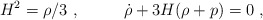
\begin{align*}H^2 = \rho/3 \ ,~~~~~~~~ \dot \rho + 3H (\rho + p) =0 \ ,\end{align*}